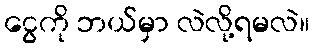
ငွေကို ဘယ်မှာ လဲလို့ရမလဲ။